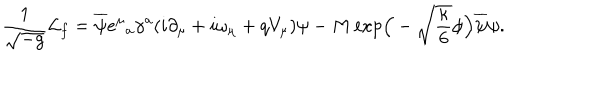
LaTeX: \frac { 1 } { \sqrt { - g } } { \cal L } _ { f } = \overline { { { \psi } } } e ^ { \mu } { } _ { a } \gamma ^ { a } ( i \partial _ { \mu } + i \omega _ { \mu } + q V _ { \mu } ) \psi - M \exp \! \Big ( - \sqrt { \frac { \kappa } { 6 } } \phi \Big ) \overline { { { \psi } } } \psi .